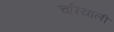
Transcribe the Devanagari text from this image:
चरियाली